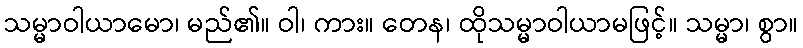
သမ္မာဝါယာမော၊ မည်၏။ ဝါ၊ ကား။ တေန၊ ထိုသမ္မာဝါယာမဖြင့်။ သမ္မာ၊ စွာ။